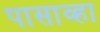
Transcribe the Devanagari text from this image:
पासाव्हा